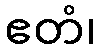
ဧတံ၊